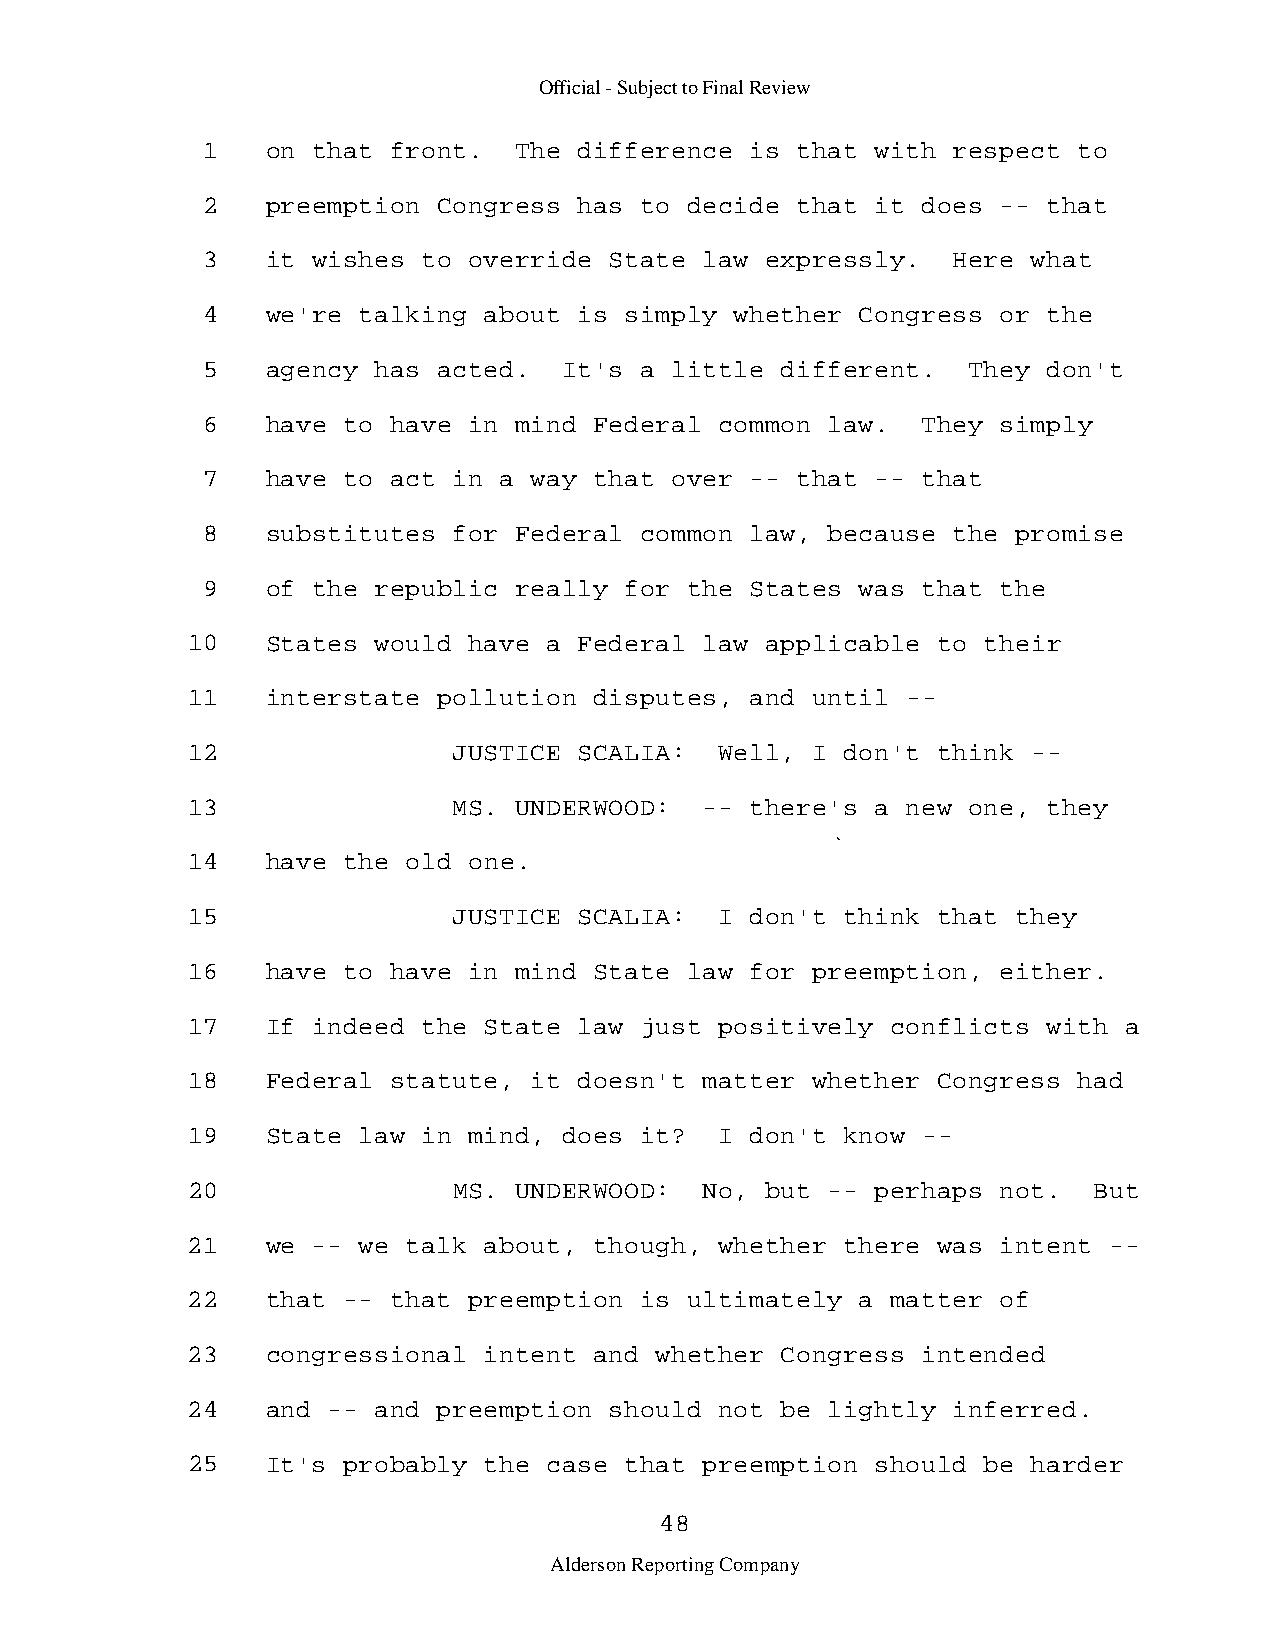
Official - Subject to Final Review
 1    on that front.  The difference  is that with respect to
 2    preemption Congress has to  decide that it does -- that
 3    it wishes to override State  law expressly.  Here what
 4    we're talking about is simply  whether Congress or the
 5    agency has acted.  It's a little  different.  They don't
 6    have to have in mind Federal  common law.  They simply
 7    have to act in a way that over  -- that -- that
 8    substitutes for Federal common  law, because the promise
 9    of the republic really for  the States was that the
 10    States would have a Federal  law applicable to their
 11    interstate pollution disputes,  and until -­
 12                JUSTICE SCALIA:   Well, I don't think -­
 13                MS. UNDERWOOD:   -- there's a new one, they
 14    have the old one.
 15                JUSTICE SCALIA:   I don't think that they
 16    have to have in mind State  law for preemption, either.
 17    If indeed the State law just  positively conflicts with a
 18    Federal statute, it doesn't  matter whether Congress had
 19    State law in mind, does it?   I don't know -­
 20                MS. UNDERWOOD:   No, but -- perhaps not.  But
 21    we -- we talk about, though,  whether there was intent -­
 22    that -- that preemption is  ultimately a matter of
 23    congressional intent and whether  Congress intended
 24    and -- and preemption should  not be lightly inferred.
 25    It's probably the case that  preemption should be harder
 48
 Alderson Reporting Company